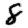
Digit: 8